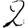
Digit: 2